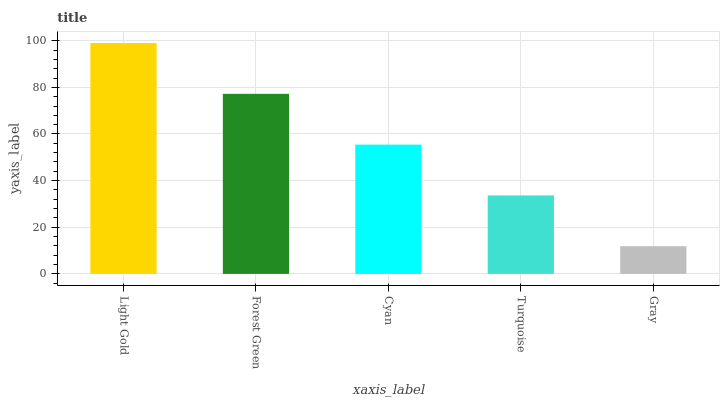
| xaxis_label | bars |
 | --- | --- |
 | Light Gold | 99 |
 | Forest Green | 77.2 |
 | Cyan | 55.4 |
 | Turquoise | 33.7 |
 | Gray | 11.9 |